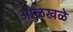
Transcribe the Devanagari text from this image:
ओळखळे